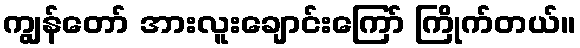
ကျွန်တော် အားလူးချောင်းကြော် ကြိုက်တယ်။